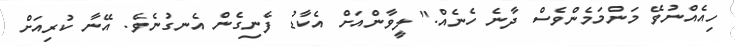
ހިއެއްނުވޭ މަންމަމެންވެސް ދާނެ ހެނެއް." ލީވާންއަށް އެކާޑު ފެނިގެން އެނގުނެވެ. އޭނާ ކުރިއަށް